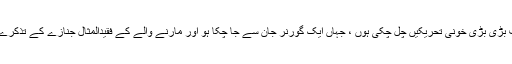
ایک اسلامی ملک میں جہاں ختم نبوت ﷺ کے لیے اور توہین رسالت کے خلاف بڑی بڑی خونی تحریکیں چل چکی ہوں ، جہاں ایک گورنر جان سے جا چکا ہو اور مارنے والے کے فقیدالمثال جنازے کے تذکرے ہوتے ہوں ، اُس ملک میں حکمران مَر مَر کے انکوائری کمیٹی بنا رہے ہیں ۔